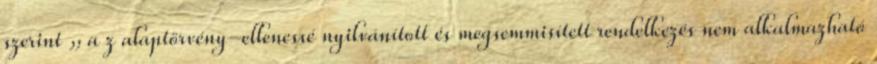
szerint „ a z alaptörvény-ellenessé nyilvánított és megsemmisített rendelkezés nem alkalmazható